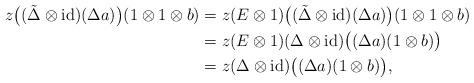
LaTeX: \begin{align*}z\bigl((\tilde{\Delta}\otimes\operatorname{id})(\Delta a)\bigr)(1\otimes1\otimes b)&=z(E\otimes1)\bigl((\tilde{\Delta}\otimes\operatorname{id})(\Delta a)\bigr)(1\otimes1\otimes b) \\&=z(E\otimes1)(\Delta\otimes\operatorname{id})\bigl((\Delta a)(1\otimes b)\bigr) \\&=z(\Delta\otimes\operatorname{id})\bigl((\Delta a)(1\otimes b)\bigr),\end{align*}